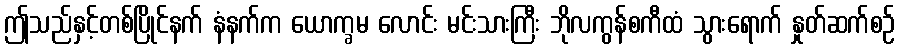
ဤသည်နှင့်တစ်ပြိုင်နက် နံနက်က ယောက္ခမ လောင်း မင်းသားကြီး ဘိုလကွန်စကီထံ သွားရောက် နှုတ်ဆက်စဉ်